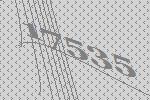
17535